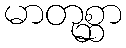
မာတုစ္ဆာ